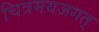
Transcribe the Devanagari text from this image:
चित्रमयजगत्‌